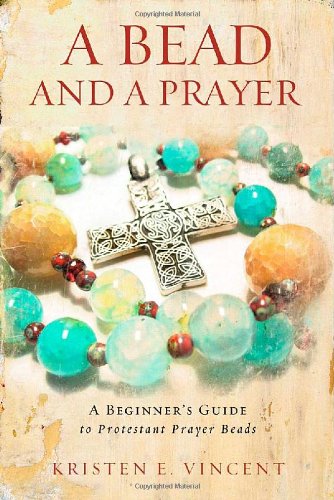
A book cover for A Bead and a Prayer: A Beginner's Guide to Protestant Prayer Beads; Kristen E. Vincent; Crafts, Hobbies & Home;